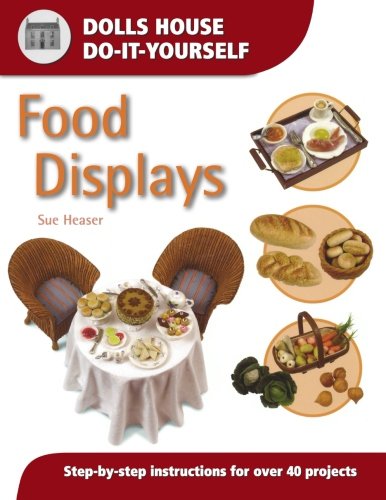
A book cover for Food Displays (Dolls House Do-It-Yourself); Sue Heaser; Crafts, Hobbies & Home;